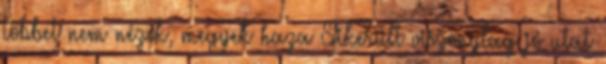
Többet nem nézek, megyek haza Sikerült viszonylag jó utat